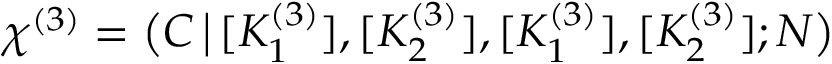
\chi ^ { ( 3 ) } = \big ( C \, \big | \, [ K _ { 1 } ^ { ( 3 ) } ] , [ K _ { 2 } ^ { ( 3 ) } ] , [ K _ { 1 } ^ { ( 3 ) } ] , [ K _ { 2 } ^ { ( 3 ) } ] ; N \big )